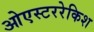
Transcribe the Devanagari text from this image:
ओएस्टररेकिश